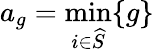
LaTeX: a_{g}=\operatorname*{min}_{i\in\widehat{S}}\{ g\}